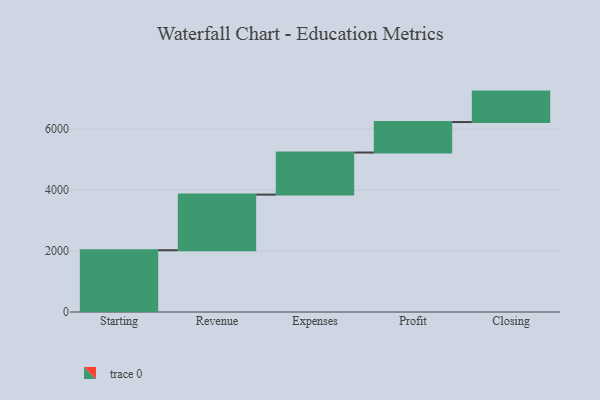
{"axis": {"x": "Step", "y": "Value"}, "legend": [""], "data": [{"x": "Starting", "y": 2028.0, "type": ""}, {"x": "Revenue", "y": 1826.0, "type": ""}, {"x": "Expenses", "y": 1381.0, "type": ""}, {"x": "Profit", "y": 1000, "type": ""}, {"x": "Closing", "y": 1000, "type": ""}]}